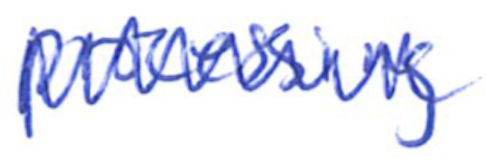
Text: processing
Cross-out: zig-zag
Writing tool: ballpoint